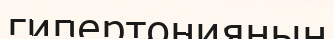
гипертонияның